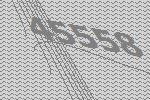
45558